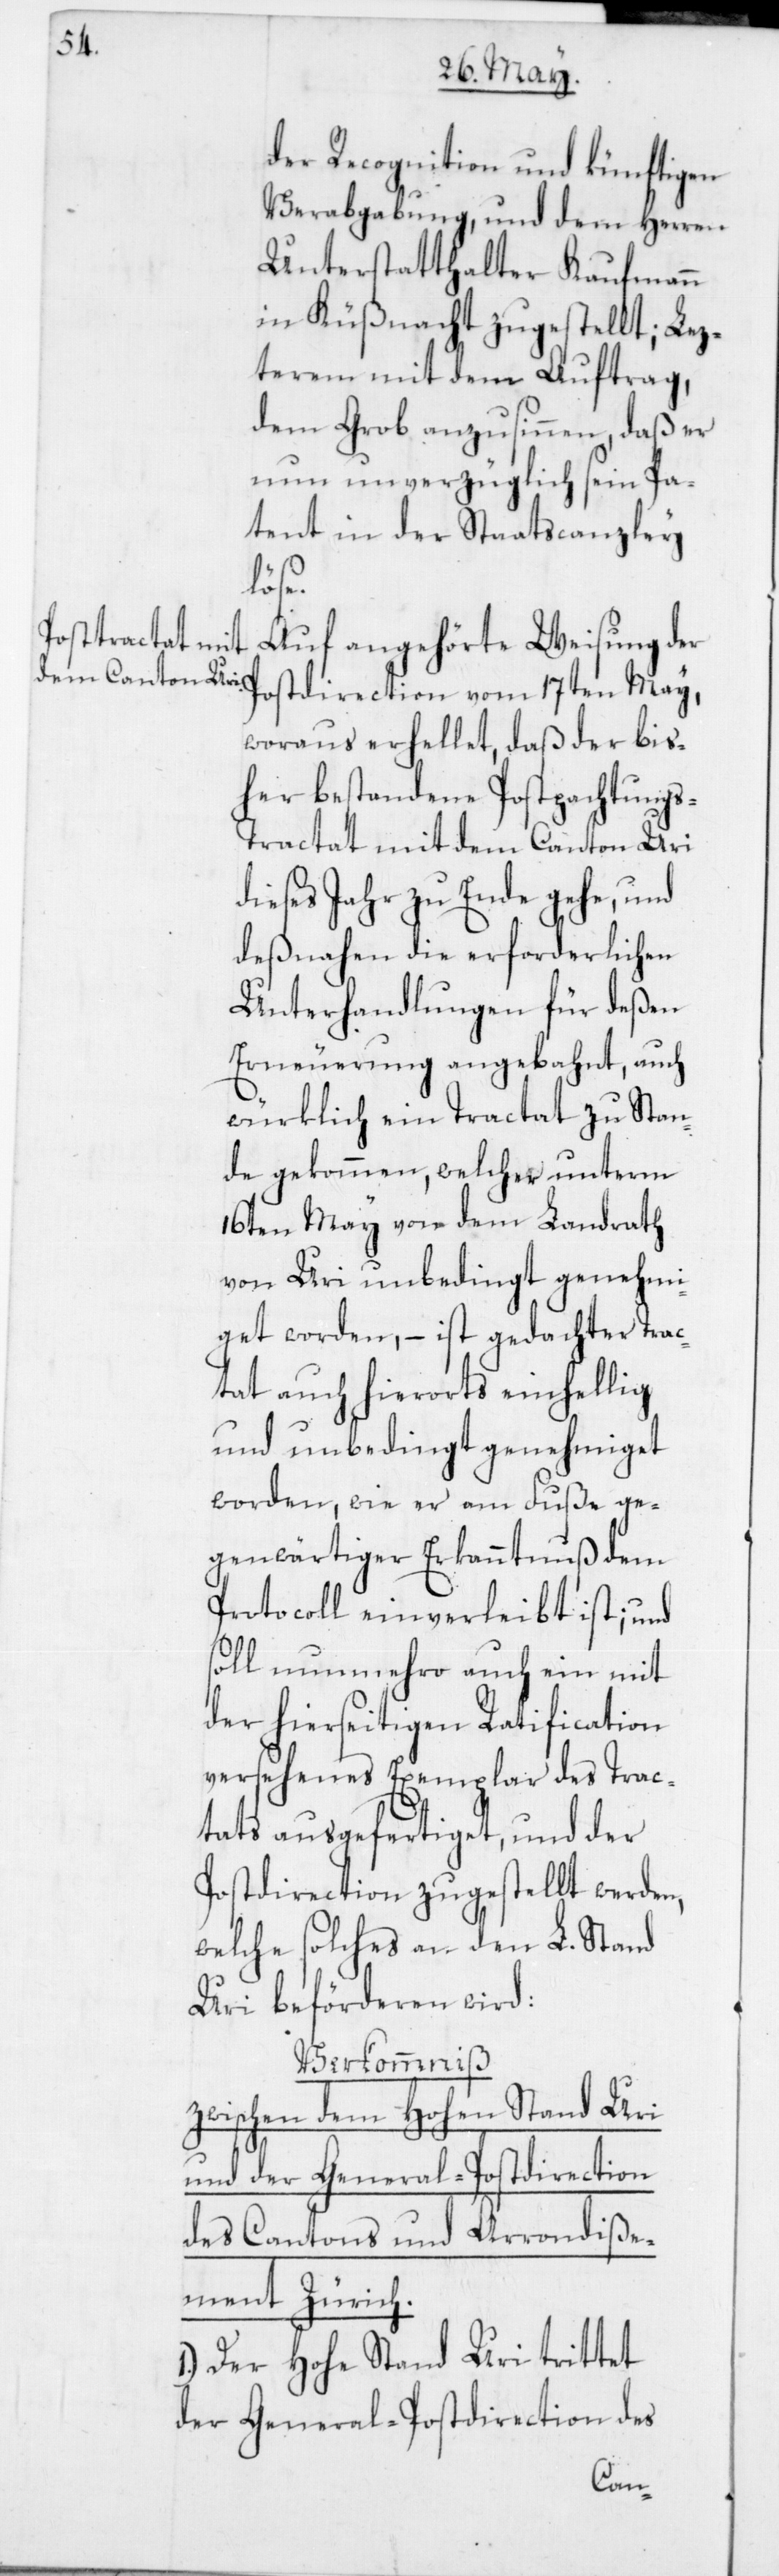
Postpachtung¬

der Recognition und künftigen
Verabgabung, und dem Herren
Unterstatthalter Kaufmann
in Küßnacht zugestellt; Lez¬
terem mit dem Auftrag,
dem Grob anzusinnen, daß er
nun unverzüglich sein Pa¬
tent in der Staatscanzley
her
Auf angehörte Weisung der
Postdirection vom 17ten May,
woraus erhellet, daß der bis¬
s-Tractat mit dem Canton Uri
dieses Jahr zu Ende gehe, und
deßnahen die erforderlichen
Unterhandlungen für deßen
Erneuerung angebahnt, auch
würklich ein Tractat zu Stan¬
de gekommen, welcher unterm
16ten May von dem Landrath
von Uri unbedingt genehmi¬
get worden, – ist gedachter Trac¬
tat auch hierorts einhellig
und unbedingt genehmiget
worden, wie er am Fuße ge¬
genwärtiger Erkanntnuß dem
Protocoll einverleibt ist; und
soll nunmehro auch ein mit
der hierseitigen Ratification
versehenes Exemplar des Trac¬
tats ausgefertiget und der
Postdirection zugestellt werden,
welche solches an den L. Stand
Uri beförderen wird:
Verkommniß
zwischen dem Hohen Stand Uri
und der General-Postdirection
des Cantons und Arrondiße¬
ment Zürich.
1. Der Hohe Stand Uri trittet
der General-Postdirection des